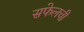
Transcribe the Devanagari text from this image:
सफेलची